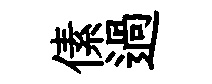
傃過